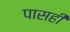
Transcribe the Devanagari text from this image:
पासही